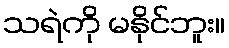
သရဲကို မနိုင်ဘူး။